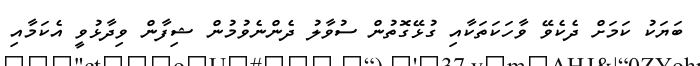
ބަޔަކު ކަމަށް ދެކެވޭ ވާހަކަތަކާއި ގުޅޭގޮތުން ސުވާލު ދެންނެވުމުން ޝިފާން ވިދާޅުވީ އެކަމާއި